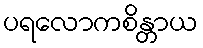
ပရလောကစိန္တာယ